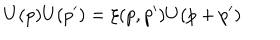
LaTeX: U ( p ) U ( p ^ { \prime } ) = \xi ( p , p ^ { \prime } ) U ( p + p ^ { \prime } )